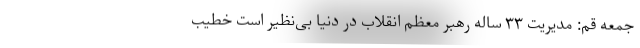
جمعه قم: مدیریت ۳۳ ساله رهبر معظم انقلاب در دنیا بی‌نظیر است خطیب